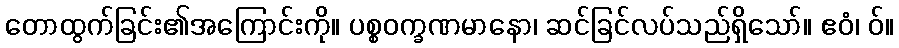
တောထွက်ခြင်း၏အကြောင်းကို။ ပစ္စဝက္ခဏမာနော၊ ဆင်ခြင်လပ်သည်ရှိသော်။ ဧဝံ၊ ဝ်။